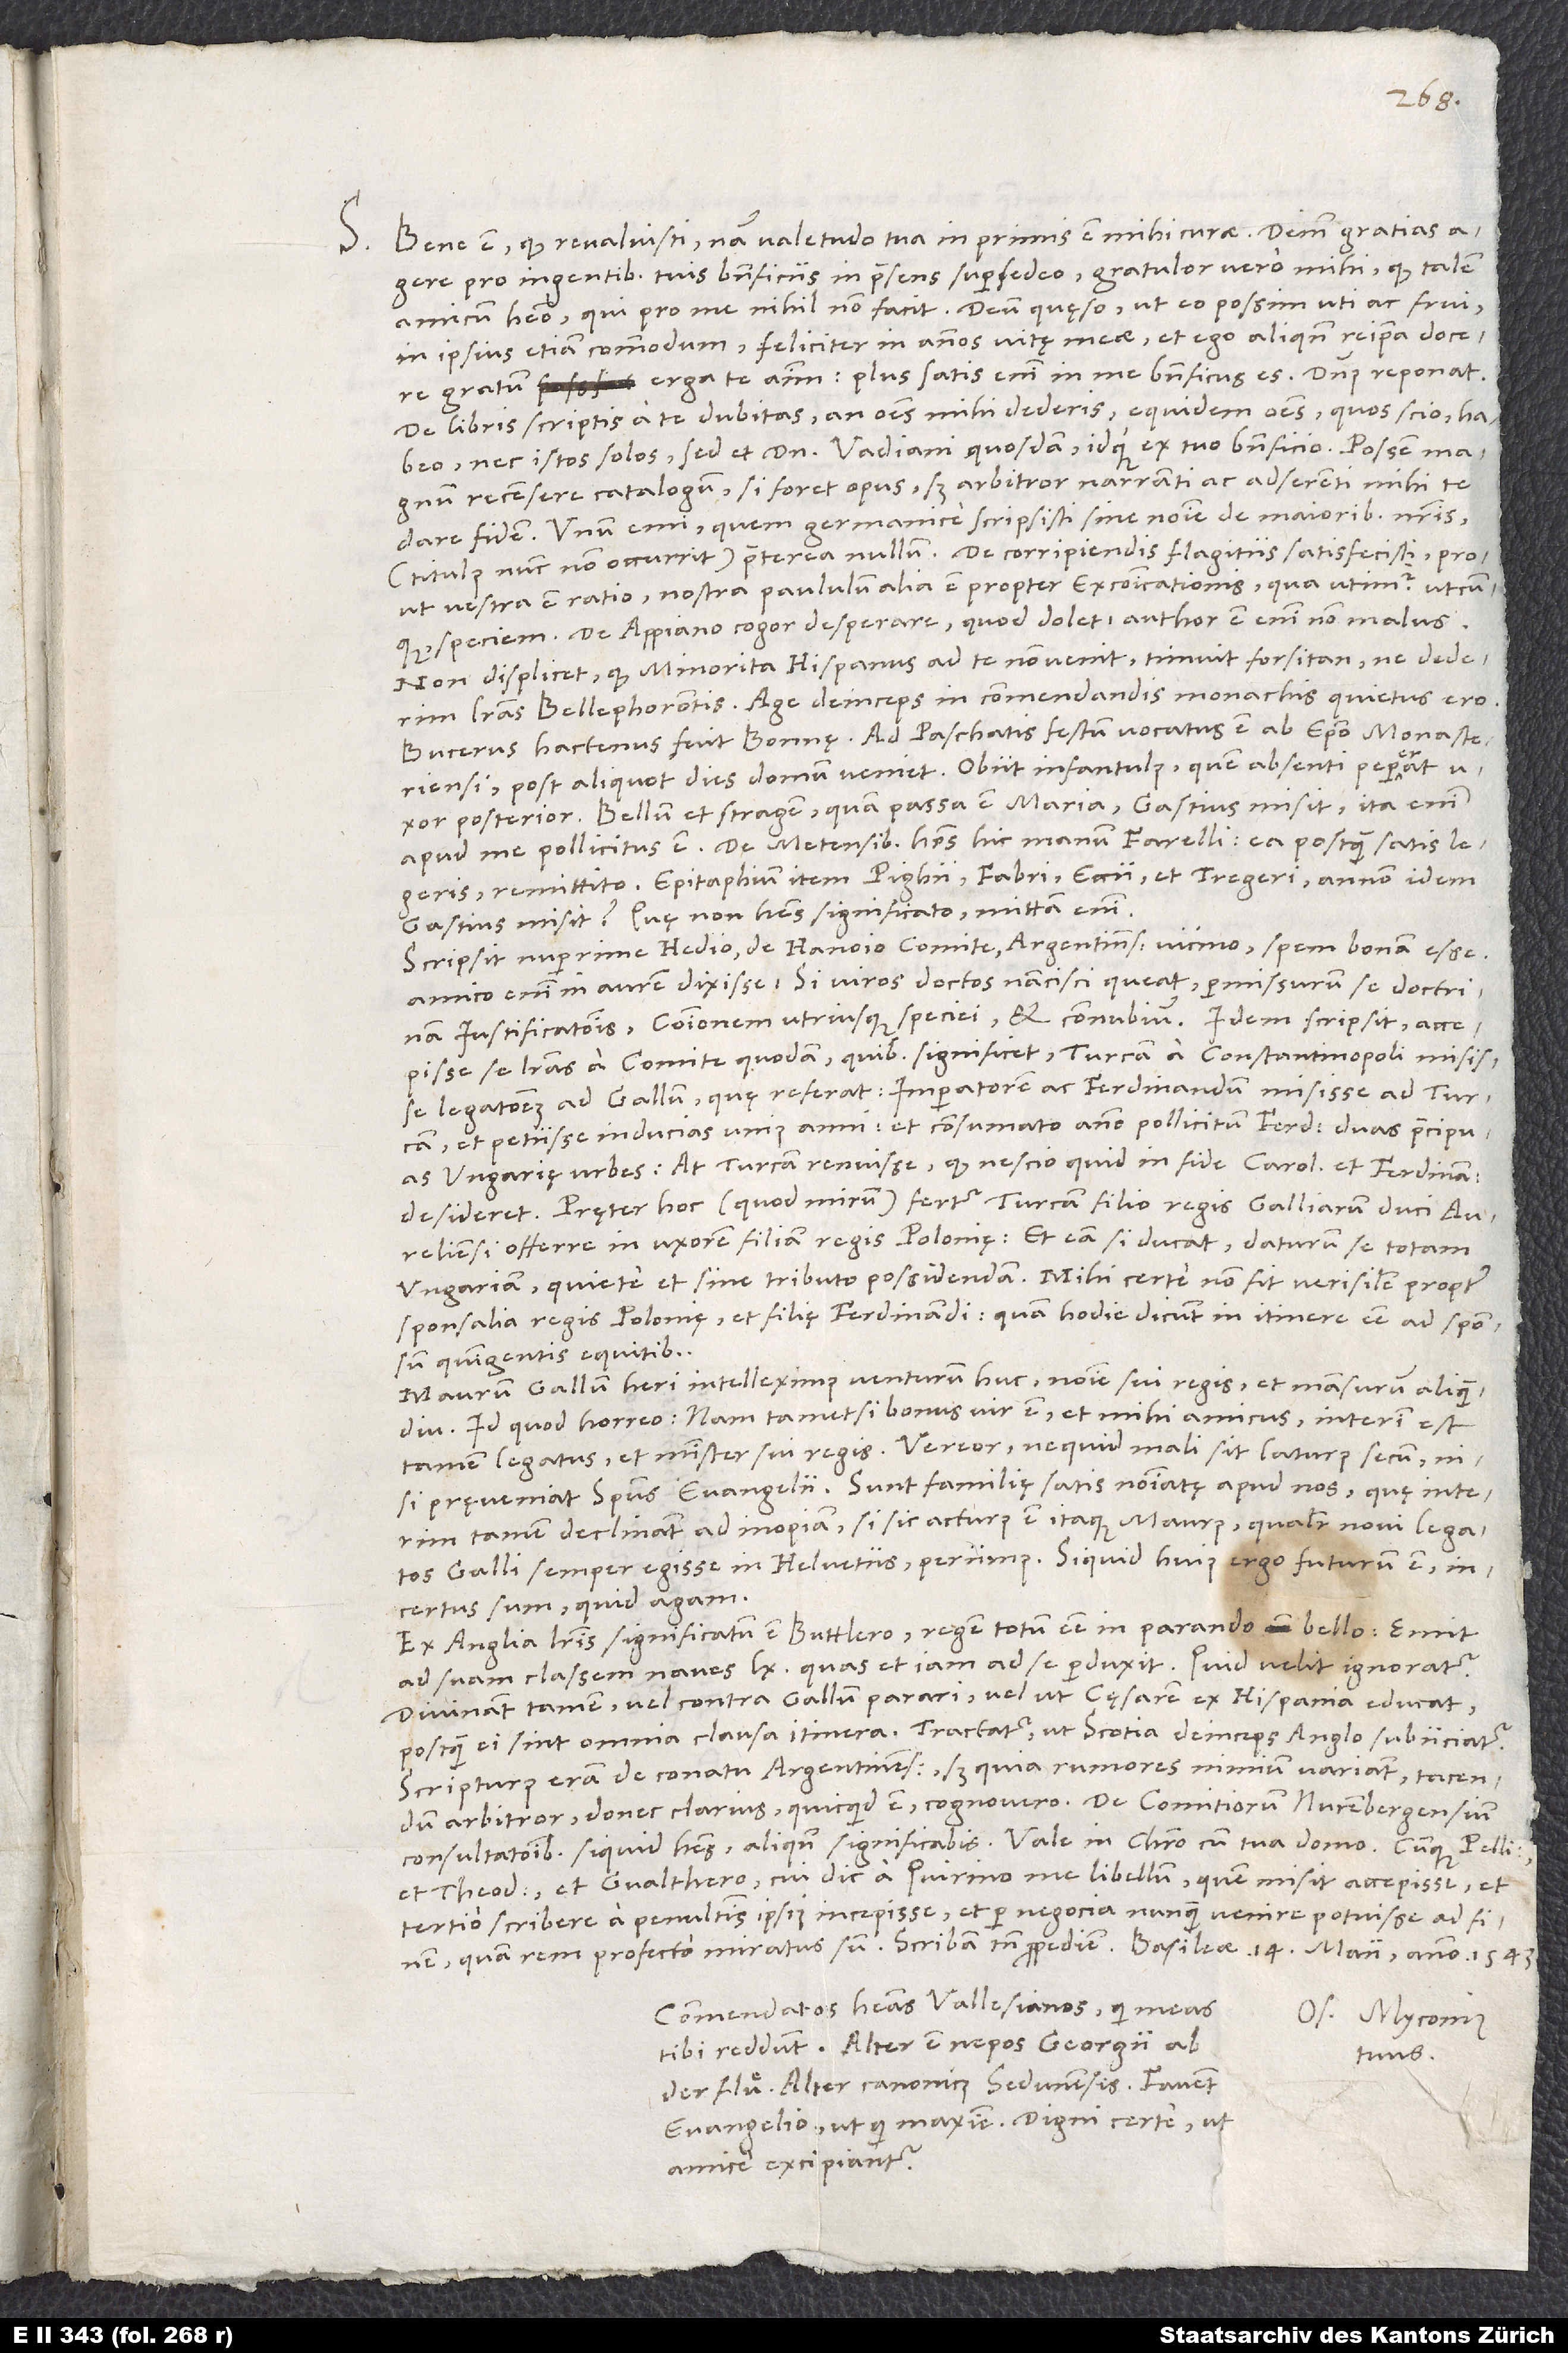
S.

Bene est, quod revaluisti; nam valetudo tua in primis est mihi curae. Deinde gratias
pro ingentibus tuis beneficiis in praesens supersedeo, gratulor vero mihi, quod talem
in ipsius etiam commodum feliciter in annos vitę meae et ego aliquando reipsa docere
gratum erga te animum; plus satis enim in me beneficus es. Dominus reponat.
De libris scriptis a te dubitas, an omnes mihi dederis; equidem omnes, quos scio, habeo,
nec istos solos, sed et domini Vadiani quosdam idque ex tuo beneficio. Possem magnum
recensere catalogum, si foret opus; sed arbitror narranti ac adserenti mihi te
dare fidem. Unum emi, quem Germanice scripsisti sine nomine de maioribus nostris
vestra est ratio; nostra paululum alia est propter excommunicationis, qua utimur utcunque,
speciem. De Appiano cogor desperare, quod dolet; author est enim non malus.
Non displicet, quod minorita Hispanus ad te non venit; timuit forsitan, ne dederim
literas Bellephorontis. Age, deinceps in commendandis monachis quietus ero.
Bucerus hactenus fuit Bonnę. Ad paschatis festum vocatus est ab episcopo Monasteriensi;
post aliquot dies domum veniet. Obiit infantulus, quem absenti pepererat uxor
Bellum et stragem, quam passa est Maria, Gastius misit; ita enim
apud me pollicitus est. De Metensibus habes hic manum Farelli; ea, postquam satis legeris,
remittito. Epitaphium item Pighii, Fabri, Eccii et Tregeri annon idem
Gastius misit? Quę non habes, significato; mittam enim.
Scripsit nuperrime Hedio de Hanoio comite, Argentinensibus vicino, spem bonam esse;
amico enim in aurem dixisse, si viros doctos nancisci queat, permissurum se doctrinam
iustificationis, communionem utriusque speciei et connubium. Idem scripsit accepisse
se literas a comite quodam, quibus significet Turcam a Constantinopoli misisse
legationem ad Gallum, quę referat imperatorem ac Ferdinandum misisse ad Turcam
et petiisse inducias unius anni, et consumato anno pollicitum Ferdinandum duas praecipuas
Ungarię urbes, at Turcam renuisse, quod nescio quid in fide Caroli et Ferdinandi
desideret. Pręter hoc (quod mirum) fertur Turcam filio regis Galliarum, duci
Aureliensi, offerre in uxorem filiam regis Polonię, et eam si ducat, daturum se totam
sponsalia regis Polonię et filię Ferdinandi, quam hodie dicunt in itinere esse ad sponsum
quingentis equitibus.
Maurum Gallum heri intelleximus venturum huc nomine sui regis et mansurum aliquamdiu,
id quod horreo; nam tametsi bonus vir est et mihi amicus, interim est
tamen legatus et minister sui regis. Vereor, ne quid mali sit laturus secum,
nisi pręveniat spiritus evangelii. Sunt familię satis nominatę apud nos, quę interim
tamen declinant ad inopiam. Si sic acturus est itaque Maurus, qualiter novi legatos
incertus sum, quid agam.
Ex Anglia literis significatum est Buttlero regem totum esse in parando bello. Emit
ad suam classem naves 60, quas et iam ad se perduxit. Quid velit, ignoratur.
Divinant tamen vel contra Gallum parari vel ut cęsarem ex Hispania educat,
postquam ei sint omnia clausa itinera. Tractatur, ut Scotia deinceps Anglo subiiciatur.
Scripturus eram de conatu Argentinensium; sed quia rumores nimium variant, tacendum
et Theodoro et Gvalthero, cui dic a Quirino me libellum, quem misit, accepisse et
tertio scribere a penultimis ipsius incepisse et per negocia nunquam venire potuisse ad finem;
Commendatos habeas Vallesianos, qui meas
Os. Myconius
tibi reddunt. Alter est nepos Georgii ab
tuus.
der Fluͤ, alter canonicus Sedunensis. Favent
evangelio ut qui maxime, digni certe, ut
amice excipiantur.